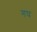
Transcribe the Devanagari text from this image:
गघ